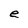
Character: e